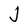
Character: J